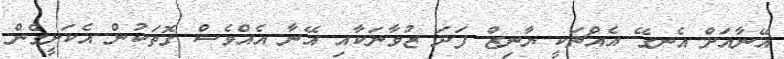
އޭނާއަށް އެނގޭ އެއްޗަކީ ޔާނިޒް ފަދަ ޒުވާނަކާއި އޭނާ އެއްވެސް ގޮތަކުން އެކަށީގެން